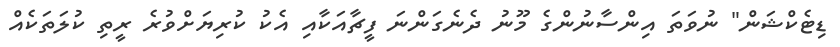
ޑިޓެކްޝަން" ނުވަތަ އިންސާނުންގެ މޫނު ދެނެގަންނަ ފީޗާއަކާއި އެކު ކުރިޔަށްވުރެ ރީތި ކުލަތަކެއް